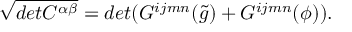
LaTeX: \sqrt { d e t C ^ { \alpha \beta } } = d e t ( G ^ { i j m n } ( \tilde { g } ) + G ^ { i j m n } ( \phi ) ) .